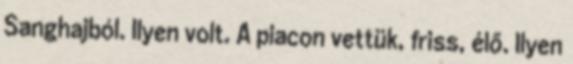
Sanghajból. Ilyen volt. A piacon vettük, friss, élő. Ilyen